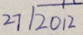
2 7 \sqrt { 2 0 1 2 }